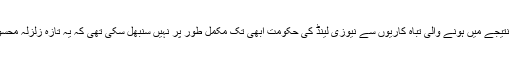
اس زلزلے کے نتیجے میں ہونے والی تباہ کاریوں سے نیوزی لینڈ کی حکومت ابھی تک مکمل طور پر نہیں سنبھل سکی تھی کہ یہ تازہ زلزلہ محسوس کیا گیا ہے۔